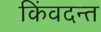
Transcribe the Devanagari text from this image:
किंवदन्त